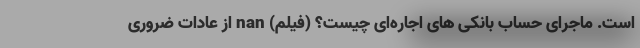
است. ماجرای حساب‌ بانکی های اجاره‌ای چیست؟ (فیلم) nan از عادات ضروری